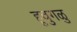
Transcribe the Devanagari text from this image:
हूवुगळु